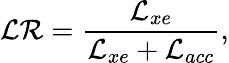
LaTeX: \mathcal{LR}=\frac{\mathcal{L}_{xe}}{\mathcal{L}_{xe}+\mathcal{L}_{acc}},